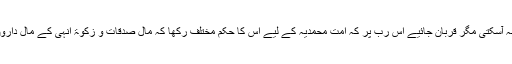
اس طرح وہ چیز جل کر راکھ بن جاتی اور وہ کسی کے کام نہ آسکتی مگر قربان جائیے اس رب پر کہ امت محمدیہ کے لیے اس کا حکم مختلف رکھا کہ مال صدقات و زکوٰۃ انہی کے مال داروں سے لے کرانہی کے ضرورت مند کو دے دیے جاتے ہیں۔